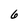
Character: 6